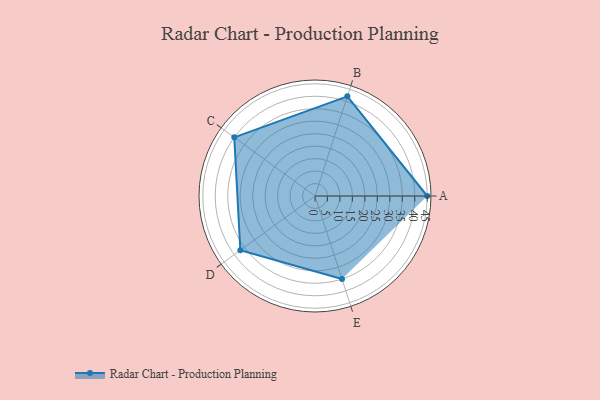
{"axis": {"x": "Skill", "y": "Score"}, "legend": ["Profile"], "data": [{"x": "A", "y": 45.0, "type": "Profile"}, {"x": "B", "y": 42.0, "type": "Profile"}, {"x": "C", "y": 40.0, "type": "Profile"}, {"x": "D", "y": 37.0, "type": "Profile"}, {"x": "E", "y": 35.0, "type": "Profile"}]}